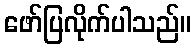
ဖော်ပြလိုက်ပါသည်။